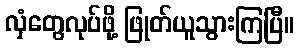
လှံတွေလုပ်ဖို့ ဖြုတ်ယူသွားကြပြီ။